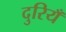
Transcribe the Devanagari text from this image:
दुरियँ